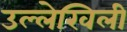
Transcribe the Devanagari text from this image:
उल्लेखिली